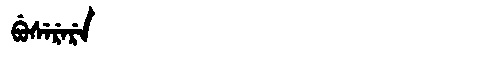
Manchu: ᠪᡠᠰᡝᡵᡝᡵᡝ
Romanization: BUSERERE